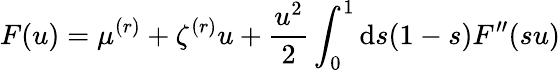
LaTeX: F(u)=\mu^{(r)}+\zeta^{(r)}u+\frac{u^{2}}{2}\int_{0}^{1}\mathrm{d}s(1-s)F^{\prime\prime}(su)